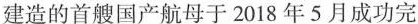
建造的首艘国产航母于2018年5月成功完